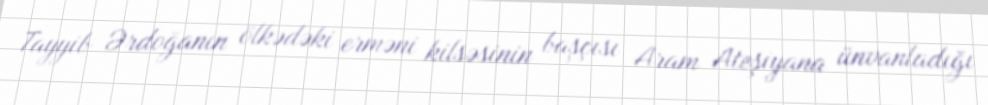
Tayyib Ərdoğanın ölkədəki erməni kilsəsinin başçısı Aram Ateşiyana ünvanladığı